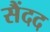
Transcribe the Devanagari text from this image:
सैंदद